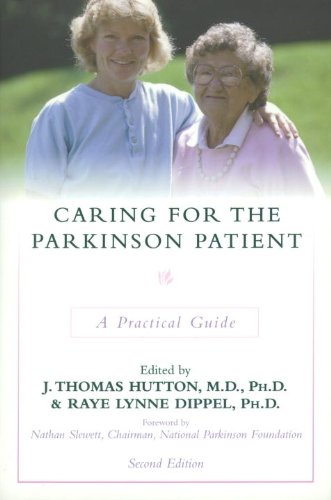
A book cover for Caring for the Parkinson Patient: A Practical Guide; Health, Fitness & Dieting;